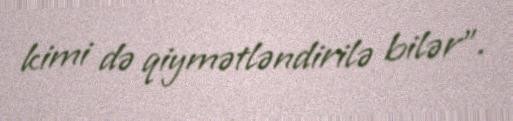
kimi də qiymətləndirilə bilər”.